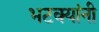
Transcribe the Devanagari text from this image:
भटक्यांनी